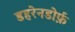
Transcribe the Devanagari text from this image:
डहरेनडोर्फ़